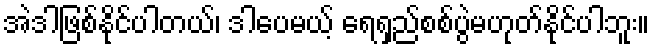
အဲဒါဖြစ်နိုင်ပါတယ်၊ ဒါပေမယ့် ရေရှည်စစ်ပွဲမဟုတ်နိုင်ပါဘူး။